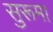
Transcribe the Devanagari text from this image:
सुरूमा